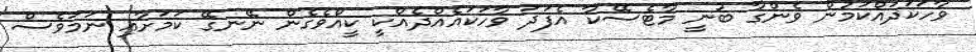
ވާހަކަދައްކަމުން ވެންގާ ބުނީ މާޓެސޭކާ އެފަދަ ވާހަކައެއްދެއްކީ ކީއްވެގެން ނޭނގޭ ކަމަށާއި ނަމަވެސް